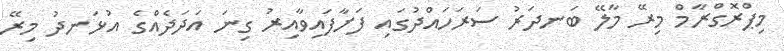
މިޕްރޮގްރާމް މިރޭ މާލޭ ބަނދަރު ސަރަހައްދުގައި ފަށާފައިވާއިރު ގިނަ އަދަދެއްގެ އުޅަނދު މިރޭ